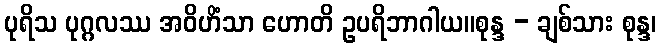
ပုရိသ ပုဂ္ဂလဿ အဝိဟိံသာ ဟောတိ ဥပရိဘာဂါယ။စုန္ဒ - ချစ်သား စုန္ဒ၊